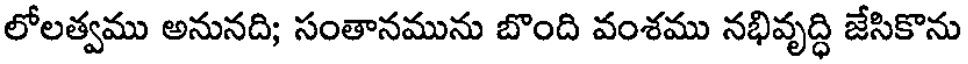
లోలత్వము అనునది; సంతానమును బొంది వంశము నభివృద్ధి జేసికొను